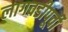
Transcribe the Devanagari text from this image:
लागवडीपूर्वी